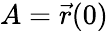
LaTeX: A={\vec{r}}(0)